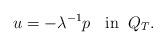
LaTeX: \begin{align*} u= - \lambda^{-1} p\; \;\mbox{ in}\;\; Q_T.\end{align*}